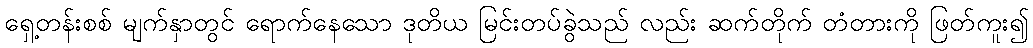
ရှေ့တန်းစစ် မျက်နှာတွင် ရောက်နေသော ဒုတိယ မြင်းတပ်ခွဲသည် လည်း ဆက်တိုက် တံတားကို ဖြတ်ကူး၍